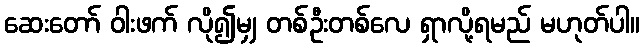
ဆေးတော် ဝါးဖက် လို၍မျှ တစ်ဦးတစ်လေ ရှာလို့ရမည် မဟုတ်ပါ။